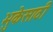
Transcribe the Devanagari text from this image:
भुकेसाठी